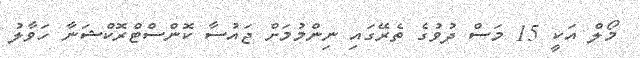
މޯލް އަކީ 15 މަސް ދުވުގެ ތެރޭގައި ނިންމުމަށް ޖައުސާ ކޮންސްޓްރޮކްޝަނާ ހަވާލު